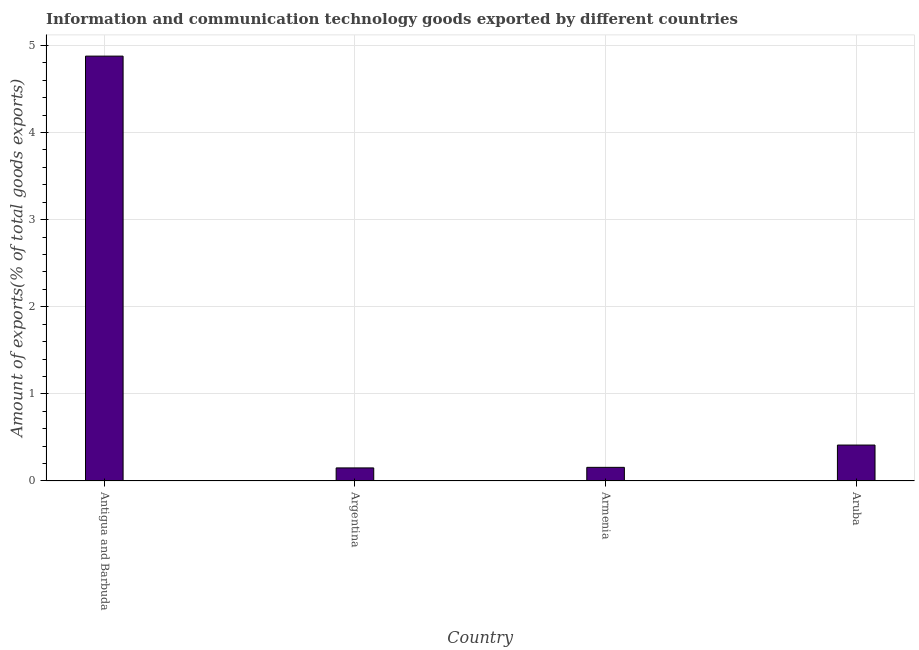
| Country | ICT goods exports |
 | --- | --- |
 | Antigua and Barbuda | 4.88 |
 | Argentina | 0.15 |
 | Armenia | 0.157 |
 | Aruba | 0.413 |